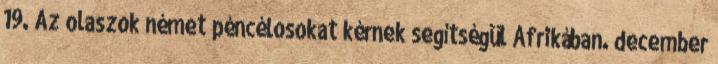
19. Az olaszok német péncélosokat kérnek segítségül Afrikában. december